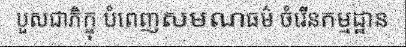
បួសជាភិក្ខុ បំពេញសមណធម៌ ចំរើនកម្មដ្ឋាន